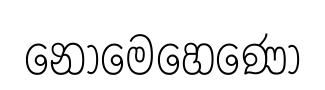
නොමෙහෙණෝ